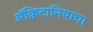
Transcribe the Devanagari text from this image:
ॲक्विटानियाचा